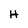
Character: H